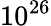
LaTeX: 10^{26}